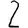
Digit: 2